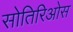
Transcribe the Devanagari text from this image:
सोतिरिओस